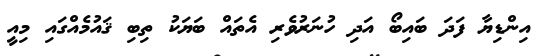
އިންޑިޔާ ފަދަ ބައިބޯ އަދި ހުނަރުވެރި އެތައް ބަޔަކު ތިބި ޤައުމެއްގައި މިއީ